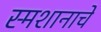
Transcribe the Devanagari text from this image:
स्मशानाचे